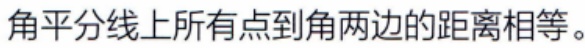
角平分线上所有点到角两边的距离相等。